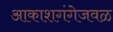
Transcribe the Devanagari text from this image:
आकाशगंगेजवळ